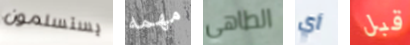
يستسلمون مهمه الطاهي أي قبل